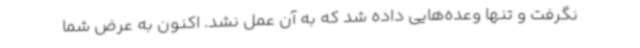
نگرفت و تنها وعده‌هایی داده شد که به آن عمل نشد. اکنون به عرض شما